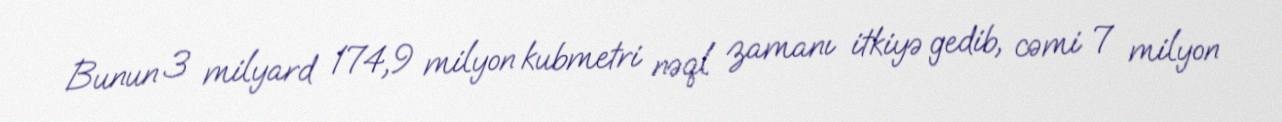
Bunun 3 milyard 174,9 milyon kubmetri nəql zamanı itkiyə gedib, cəmi 7 milyon